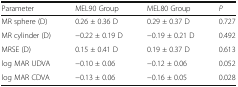
<table><thead><tr><td><b>Parameter</b></td><td><b>MEL90 Group</b></td><td><b>MEL80 Group</b></td><td><b><i>P</i></b></td></tr></thead><tbody><tr><td>MR sphere (D)</td><td>0.26 ± 0.36 D</td><td>0.29 ± 0.37 D</td><td>0.727</td></tr><tr><td>MR cylinder (D)</td><td>−0.22 ± 0.19 D</td><td>−0.19 ± 0.21 D</td><td>0.492</td></tr><tr><td>MRSE (D)</td><td>0.15 ± 0.41 D</td><td>0.19 ± 0.37 D</td><td>0.613</td></tr><tr><td>log MAR UDVA</td><td>−0.10 ± 0.06</td><td>−0.12 ± 0.06</td><td>0.052</td></tr><tr><td>log MAR CDVA</td><td>−0.13 ± 0.06</td><td>−0.16 ± 0.05</td><td>0.028</td></tr></tbody></table>